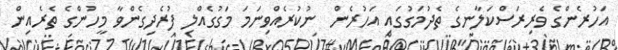
އަހުރެންގެ ވެރިރަސްކަލާނގެ ތެދުމަގުގައި އަހުރެން  ނުކުރެއްވިނަމަ މަގުގެއްލި ފުރެދިގެންވާ މީހުންގެ ތެރެއިން